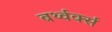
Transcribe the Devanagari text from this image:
बर्थ्वर्क्स